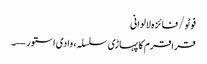
فوٹو/ فائزہ لالوانی
قراقرم کا پہاڑی سلسلہ، وادی استور—۔